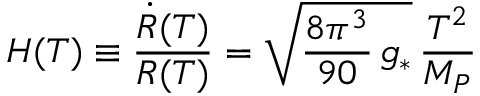
H ( T ) \equiv \frac { \dot { R } ( T ) } { R ( T ) } = \sqrt { \frac { 8 \pi ^ { 3 } } { 9 0 } \, g _ { * } } \, \frac { T ^ { 2 } } { M _ { P } }